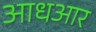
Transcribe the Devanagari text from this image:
आधआर